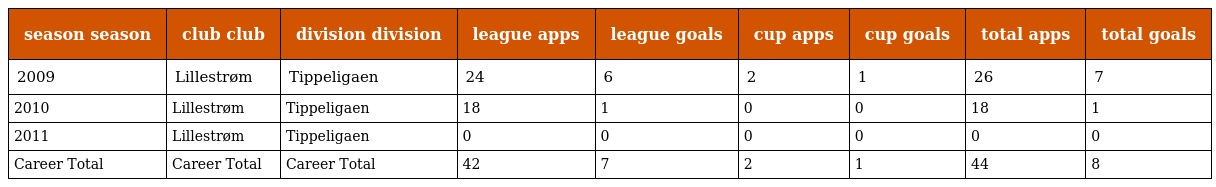
| season season | club club | division division | league apps | league goals | cup apps | cup goals | total apps | total goals |
 | --- | --- | --- | --- | --- | --- | --- | --- | --- |
 | 2009 | Lillestrøm | Tippeligaen | 24 | 6 | 2 | 1 | 26 | 7 |
 | 2010 | Lillestrøm | Tippeligaen | 18 | 1 | 0 | 0 | 18 | 1 |
 | 2011 | Lillestrøm | Tippeligaen | 0 | 0 | 0 | 0 | 0 | 0 |
 | Career Total | Career Total | Career Total | 42 | 7 | 2 | 1 | 44 | 8 |